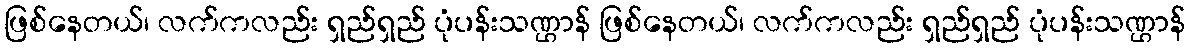
ဖြစ်နေတယ်၊ လက်ကလည်း ရှည်ရှည် ပုံပန်းသဏ္ဌာန် ဖြစ်နေတယ်၊ လက်ကလည်း ရှည်ရှည် ပုံပန်းသဏ္ဌာန်